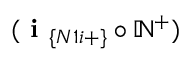
( \textbf { i } _ { \{ N 1 i + \} } \circ \mathbb { N } ^ { + } )